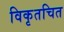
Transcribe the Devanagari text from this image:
विकृतचित